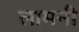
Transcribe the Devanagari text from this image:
लामनी